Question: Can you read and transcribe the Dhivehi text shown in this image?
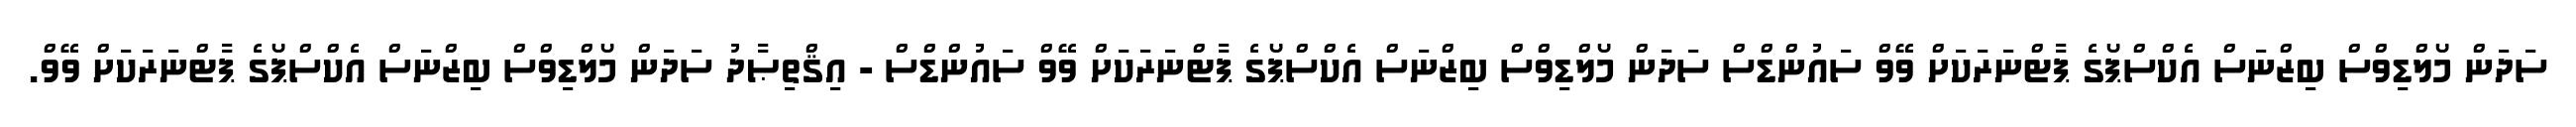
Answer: ސަދަން މޯލްޑިވްސް ބިޒްނަސް އެކްސްޕޯގެ ޕާޓްނަރަކަށް ވޭވް ސައުންޑްސް ސަދަން މޯލްޑިވްސް ބިޒްނަސް އެކްސްޕޯގެ ޕާޓްނަރަކަށް ވޭވް ސައުންޑްސް - އިޤްތިޞާދު ސަދަން މޯލްޑިވްސް ބިޒްނަސް އެކްސްޕޯގެ ޕާޓްނަރަކަށް ވޭވް.